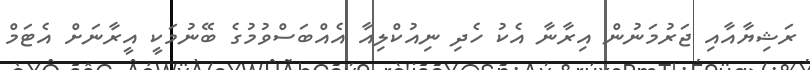
ރަޝިޔާއާއި ޖަރުމަނުން އިރާނާ އެކު ހެދި ނިއުކްލިއާ އެއްބަސްވުމުގެ ބޭނުމަކީ އީރާނަށް އެޓަމް